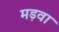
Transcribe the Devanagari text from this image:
मड़वा